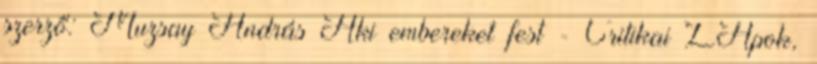
szerző: Muzsay András Aki embereket fest - Critikai LApok,